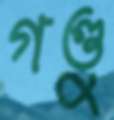
গণ্ডু